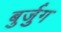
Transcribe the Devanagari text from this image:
बुर्जुग